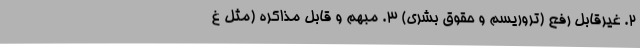
۲. غیرقابل رفع (تروریسم و حقوق بشری) ۳. مبهم و قابل مذاکره (مثل غ